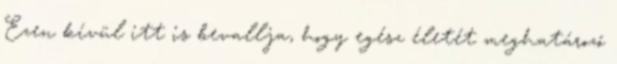
Ezen kívül itt is bevallja, hogy egész életét meghatározó